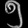
Digit: ၅